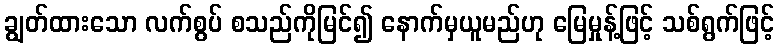
ချွတ်ထားသော လက်စွပ် စသည်ကိုမြင်၍ နောက်မှယူမည်ဟု မြေမှုန့်ဖြင့် သစ်ရွက်ဖြင့်